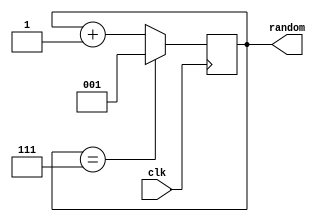
`default_nettype none

// Reference : https://github.com/rfotino/verilog-tetris/blob/master/randomizer.v

module randomo(
    input wire       clk,
    output reg [2:0] random
    );

    initial begin
        random = 1;
    end

    always @ (posedge clk) begin
        if (random == 7) begin
            random <= 1;
        end else begin
            random <= random + 1;
        end
    end

endmodule